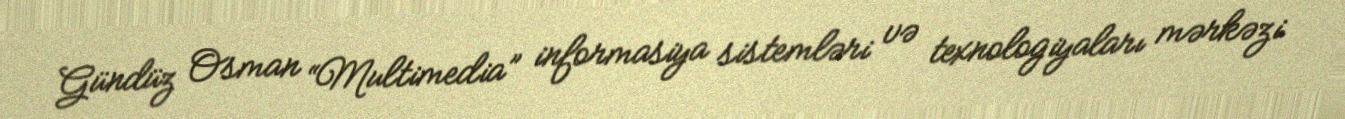
Gündüz Osman “Multimedia” informasiya sistemləri və texnologiyaları mərkəzi